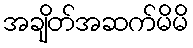
အချိတ်အဆက်မိမိ